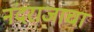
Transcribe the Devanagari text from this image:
नंदराजाचा